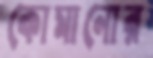
কোমানোর